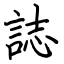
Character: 誌